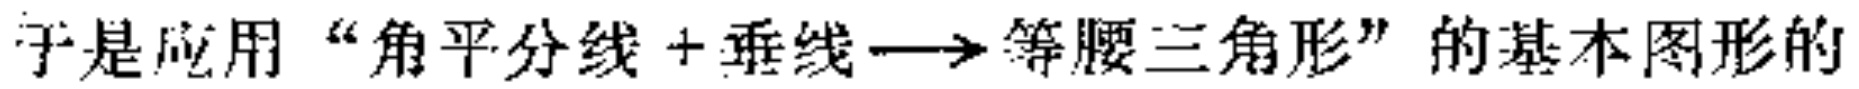
于是应用“角平分线+垂线$\longrightarrow$等腰三角形”的基本图形的